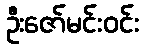
ဦးဇော်မင်းဝင်း